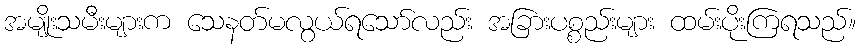
အမျိုးသမီးများက သေနတ်မလွယ်ရသော်လည်း အခြားပစ္စည်းများ ထမ်းပိုးကြရသည်။